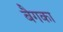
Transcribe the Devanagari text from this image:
बैगका